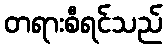
တရားစီရင်သည်